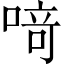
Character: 𫫀